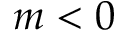
m < 0